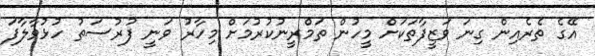
އޭގެ ތެރެއިން ގިނަ ވަޒީފާތަކަށް މީހުން ތަމްރީނުކުރުމަށް މިހާރު ވަނީ ފުރުސަތު ހުޅުވާލާފަ